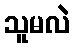
သူမလဲ